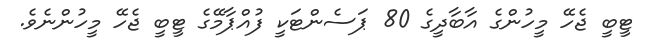
ޓީބީ ޖެހޭ މީހުންގެ އާބާދީގެ 80 ޕަސެންޓަކީ ފުއްޕާމޭގެ ޓީބީ ޖެހޭ މީހުންނެވެ.